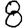
Digit: 8